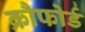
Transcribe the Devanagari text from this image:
क्रौफोर्ड